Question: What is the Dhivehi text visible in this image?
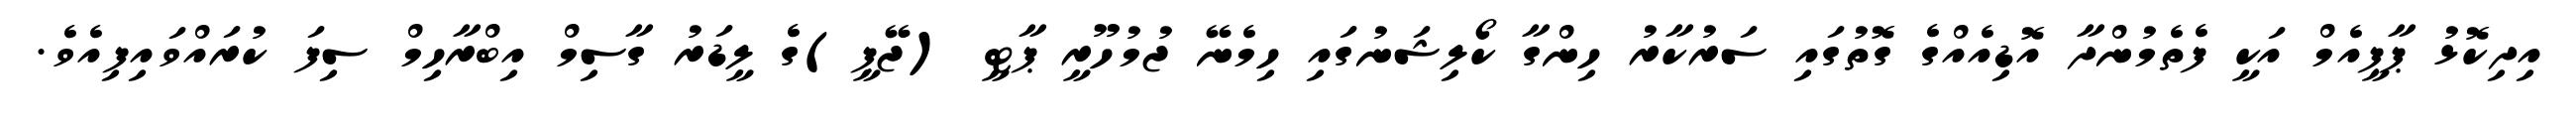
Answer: އިދިކޮޅު ޕާޕީއެމް އަކީ ފެތެމުންދާ އޮޑިއެއްގެ ގޮތުގައި ސަރުކާރު ހިންގާ ކޯލިޝަނުގައި ހިމެނޭ ޖުމުހޫރީ ޕާޓީ (ޖޭޕީ)ގެ ލީޑަރު ގާސިމް އިބްރާހިމް ސިފަ ކުރައްވައިފިއެވެ.